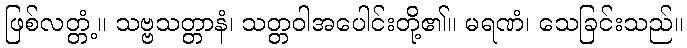
ဖြစ်လတ္တံ့။ သဗ္ဗသတ္တာနံ၊ သတ္တဝါအပေါင်းတို့၏။ မရဏံ၊ သေခြင်းသည်။